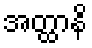
အတ္ထာနိ